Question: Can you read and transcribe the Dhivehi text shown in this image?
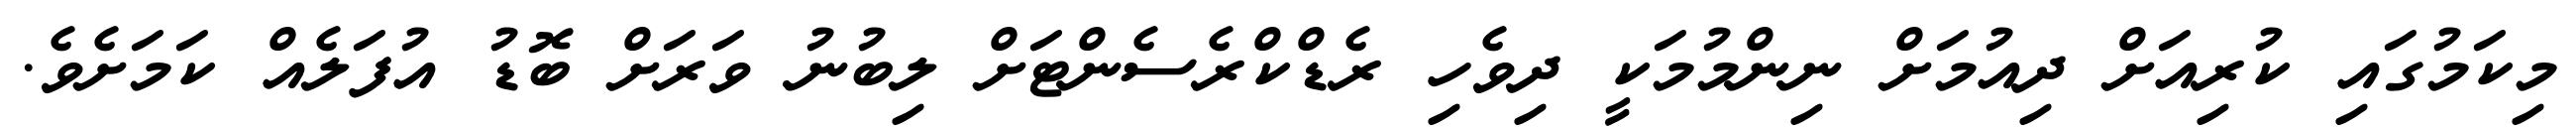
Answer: މިކަމުގައި ކުރިއަށް ދިއުމަށް ނިންމުމަކީ ދިވެހި ރެޑްކްރެސެންޓަށް ލިބުނު ވަރަށް ބޮޑު އުފަލެއް ކަމަށެވެ.